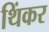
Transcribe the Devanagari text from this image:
थिंकर